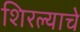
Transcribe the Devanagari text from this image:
शिरल्याचे